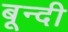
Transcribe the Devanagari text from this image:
बून्‍दी